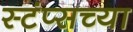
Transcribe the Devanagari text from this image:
स्टंप्सच्या